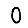
Digit: 0